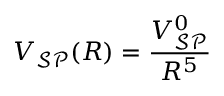
V _ { \mathcal { S P } } ( R ) = \frac { V _ { \mathcal { S P } } ^ { 0 } } { R ^ { 5 } }